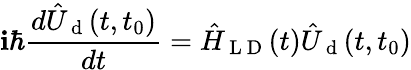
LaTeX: \mathbf{i}\hbar\frac{{d\hat{{U}}_{\mathrm{{~d~}}}(t,t_{0})}}{{dt}}=\hat{{H}}_{\mathrm{{~L~D~}}}(t)\hat{{U}}_{\mathrm{{~d~}}}(t,t_{0})